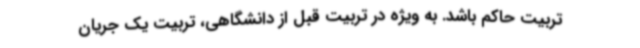
تربیت حاکم باشد. به ویژه در تربیت قبل از دانشگاهی، تربیت یک جریان